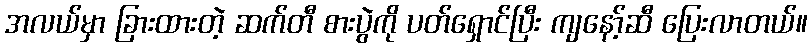
အလယ်မှာ ခြားထားတဲ့ ဆက်တီ စားပွဲကို ပတ်ရှောင်ပြီး ကျနော့်ဆီ ပြေးလာတယ်။